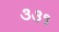
૩૩૧